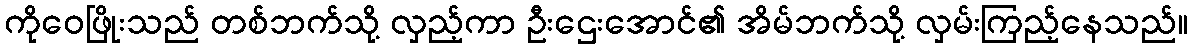
ကိုဝေဖြိုးသည် တစ်ဘက်သို့ လှည့်ကာ ဦးဌေးအောင်၏ အိမ်ဘက်သို့ လှမ်းကြည့်နေသည်။